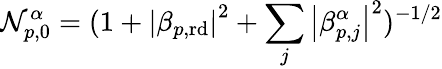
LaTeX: \mathcal{N}_{p,0}^{\alpha}=(1+\left|\beta_{p,\mathrm{rd}}\right|^{2}+\sum_{j}\left|\beta_{p,j}^{\alpha}\right|^{2})^{-1/2}